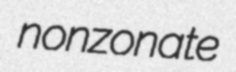
nonzonate